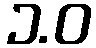
၁.ဝ